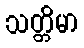
သတ္တိမာ